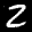
Digit: 2